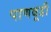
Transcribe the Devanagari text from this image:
पाणबूडी